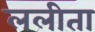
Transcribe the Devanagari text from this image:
ललीता